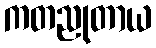
ကတညုတာယ